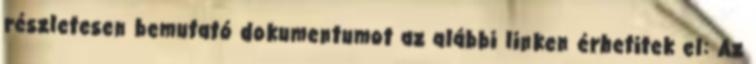
részletesen bemutató dokumentumot az alábbi linken érhetitek el: Az